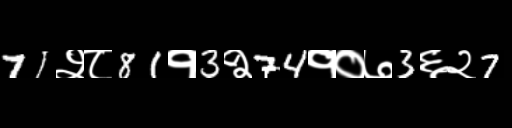
Text: 71२८81१3२74१०७3६२7